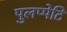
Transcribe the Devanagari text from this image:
पुलप्पेटि